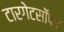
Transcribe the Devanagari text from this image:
टारगेटसॉफ्ट